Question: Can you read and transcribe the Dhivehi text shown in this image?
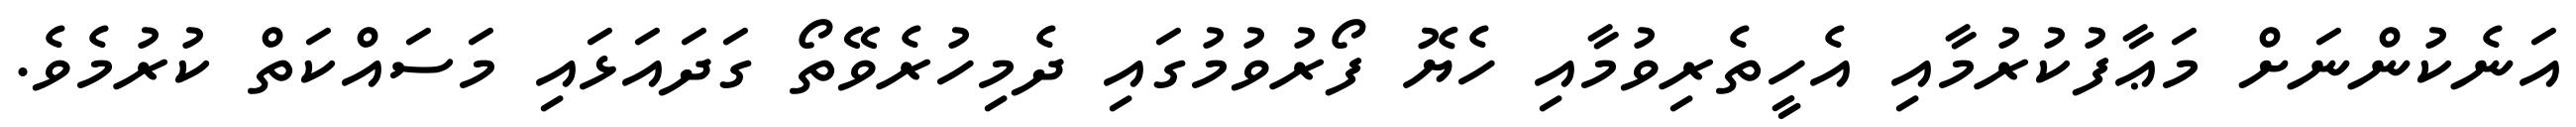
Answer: އަނެކުންނަށް މަޢާފުކުރުމާއި އެހީތެރިވުމާއި ހެޔޮ ފޯރުވުމުގައި ދެމިހުރެވޭތޯ ގަދައަޅައި މަސައްކަތް ކުރުމެވެ.